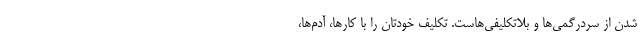
شدن از سردرگمی‌ها و بلاتکلیفی‌هاست. تکلیف‌ خودتان را با کارها، آدم‌ها،